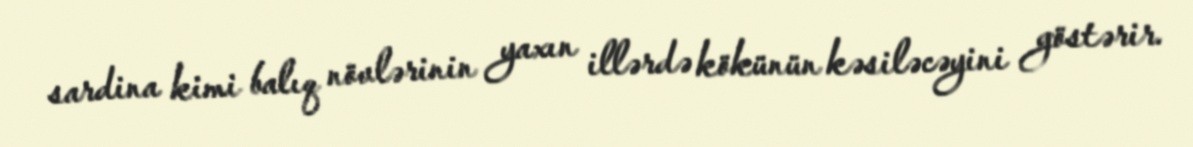
sardina kimi balıq növlərinin yaxın illərdə kökünün kəsiləcəyini göstərir.